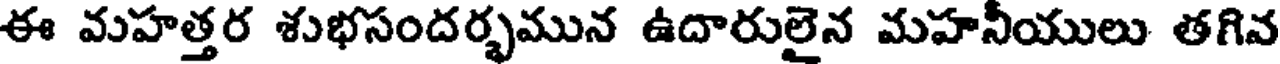
ఈ మహత్తర శుభసందర్భమున ఉదారులైన మహనీయులు తగివ